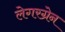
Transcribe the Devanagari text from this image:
लेगरग्रेन